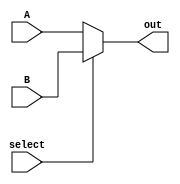
`timescale 1ns / 1ps
//////////////////////////////////////////////////////////////////////////////////
// Company: 
// Engineer: 
// 
// Design Name: 
// Module Name: IR
// Project Name: 
// Target Devices: 
// Tool Versions: 
// Description: 
// 
// Dependencies: 
// 
// Revision:
// Revision 0.01 - File Created
// Additional Comments:
// 
//////////////////////////////////////////////////////////////////////////////////


module selector5(
    input [31:0] A,
    input [31:0] B,
    input select,
    output [31:0] out
    );

    assign out = select==0 ? A : B;
endmodule